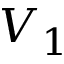
V _ { 1 }